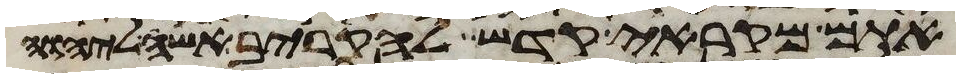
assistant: אתם מקראי קדש להקריב אשה ליהוה